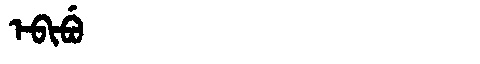
Manchu: ᡝᠪᡳᠪᡠ
Romanization: EBIBU